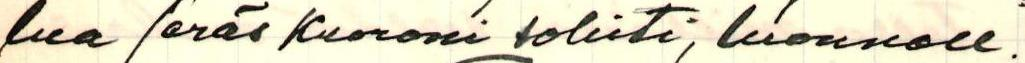
lua (eräs Kuoroni solisti, luonnoll.